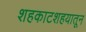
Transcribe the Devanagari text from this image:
शहकाटशहयातून